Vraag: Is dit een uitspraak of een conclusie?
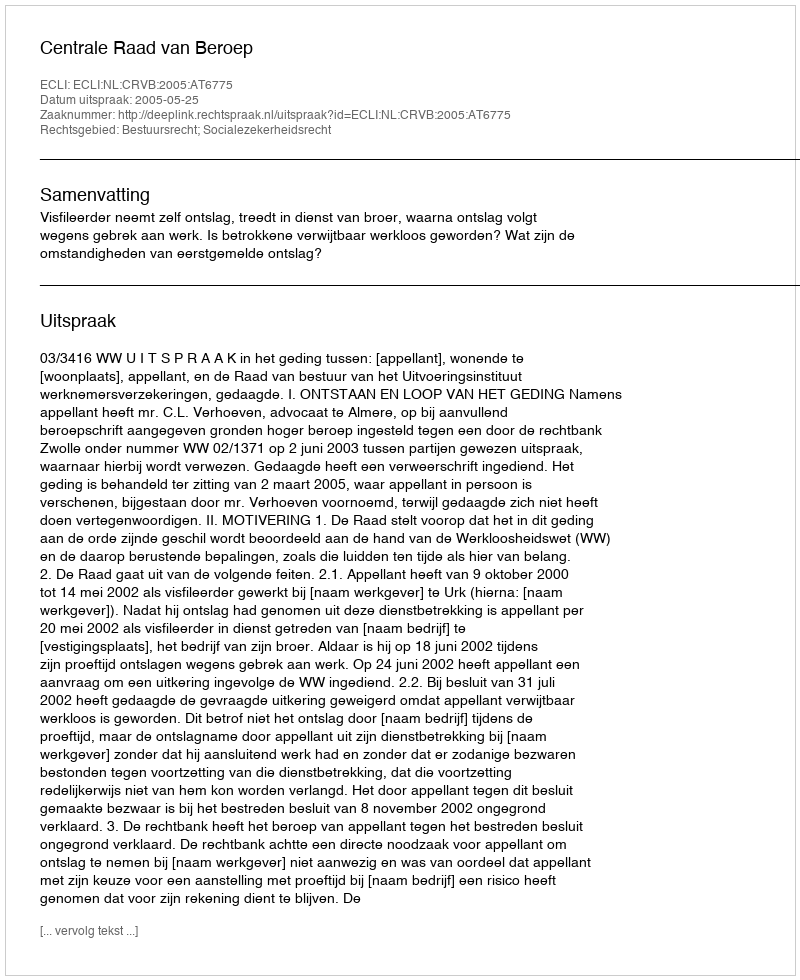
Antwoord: Uitspraak